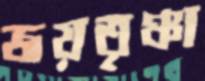
জয়তৃঞ্চা